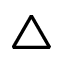
\bigtriangleup